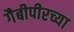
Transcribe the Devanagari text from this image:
गैबीपीरच्या